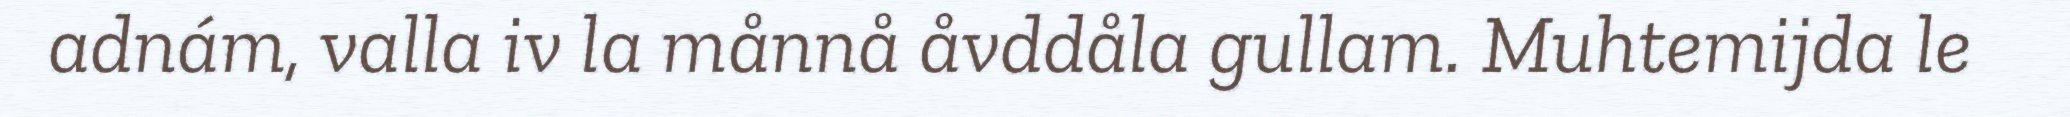
adnám, valla iv la månnå åvddåla gullam. Muhtemijda le